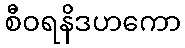
စီဝရနိဒဟကော